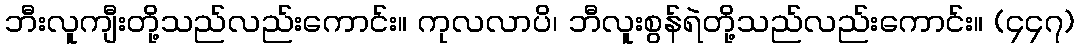
ဘီးလူကျီးတို့သည်လည်းကောင်း။ ကုလလာပိ၊ ဘီလူးစွန်ရဲတို့သည်လည်းကောင်း။ (၄၄၇)